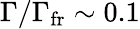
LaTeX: \Gamma/\Gamma_{\mathrm{fr}}\sim 0.1